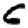
Digit: 6